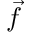
\vec { f }